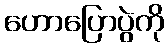
ဟောပြောပွဲကို